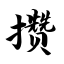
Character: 攒